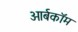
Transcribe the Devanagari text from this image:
ओर्बकॉम